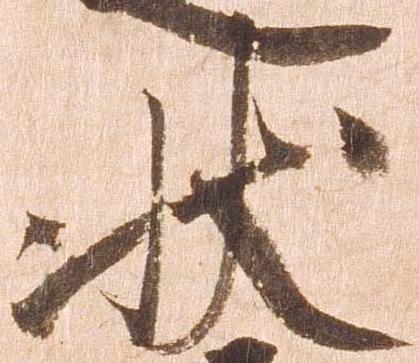
状